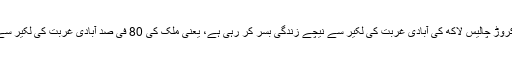
یمن کی دو کروڑ چالیس لاکھ کی آبادی غربت کی لکیر سے نیچے زندگی بسر کر رہی ہے، یعنی ملک کی 80 فی صد آبادی غربت کی لکیر سے نیچے ہے۔